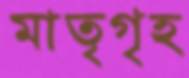
মাতৃগৃহ